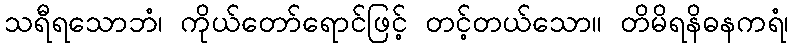
သရီရသောဘံ၊ ကိုယ်တော်ရောင်ဖြင့် တင့်တယ်သော။ တိမိရနိဓနကရံ၊